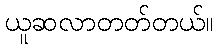
ယူဆလာတတ်တယ်။